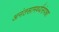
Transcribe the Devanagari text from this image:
अनंतसामर्थ्यसंपन्ना